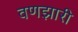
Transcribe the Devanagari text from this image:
वणझारी